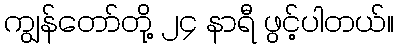
ကျွန်တော်တို့ ၂၄ နာရီ ဖွင့်ပါတယ်။